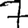
Digit: 7